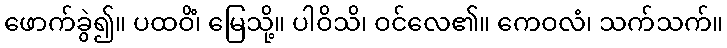
ဖောက်ခွဲ၍။ ပထဝိံ၊ မြေသို့။ ပါဝိသိ၊ ဝင်လေ၏။ ကေဝလံ၊ သက်သက်။